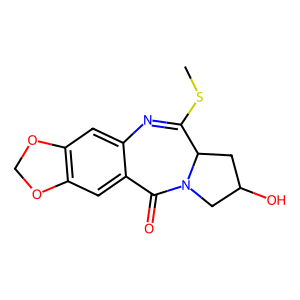
SMILES: CSC1=Nc2cc3c(cc2C(=O)N2CC(O)CC12)OCO3
Inhibits HIV replication: No